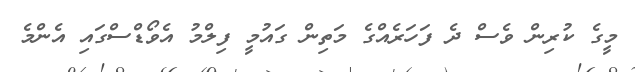
މީގެ ކުރިން ވެސް ދެ ފަހަރެއްގެ މަތިން ގައުމީ ފިލްމު އެވޯޑްސްގައި އެންމެ